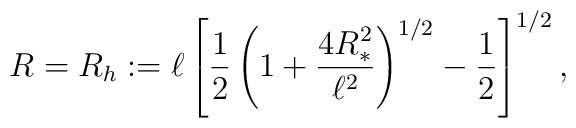
R=R_h:=\ell \left[\frac{1}{2}\left(1+\frac{4R_*^2}{\ell^2}\right)^{1/2}-\frac{1}{2}\right]^{1/2},